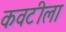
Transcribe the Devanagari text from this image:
कवटीला